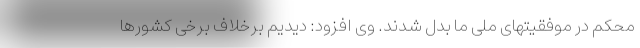
محکم در موفقیتهای ملی ما بدل شدند. وی افزود: دیدیم برخلاف برخی کشورها